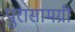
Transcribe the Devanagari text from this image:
पुरासामग्री